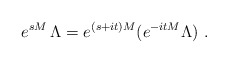
\begin{align*}e^{sM}\,\Lambda = e^{(s+it)M}(e^{-it M}\Lambda)\ .\end{align*}